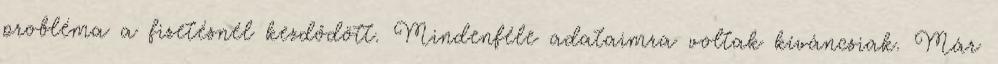
probléma a fizetésnél kezdődött. Mindenféle adataimra voltak kíváncsiak. Már